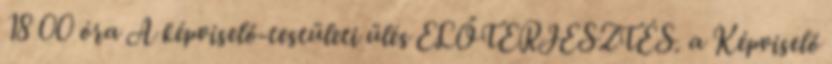
18 00 óra A képviselő-testületi ülés ELŐTERJESZTÉS. a Képviselő